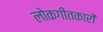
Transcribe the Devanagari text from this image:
लोकगीतकारों